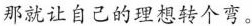
那就让自己的理想转个弯。